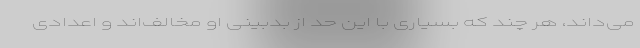
می‌داند، هر چند که بسیاری با این حد از بدبینی او مخالف‌اند و اعدادی